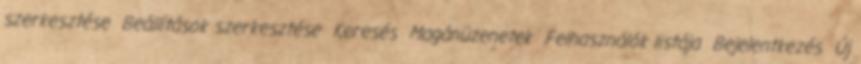
szerkesztése Beállítások szerkesztése Keresés Magánüzenetek Felhasználók listája Bejelentkezés Új